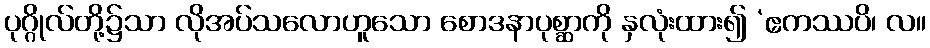
ပုဂ္ဂိုလ်တို့၌သာ လိုအပ်သလောဟူသော စောဒနာပုစ္ဆာကို နှလုံးထား၍ ‘ဧကဿပိ၊ လ။